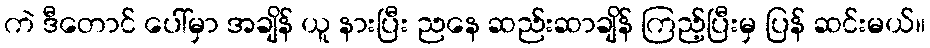
ကဲ ဒီတောင် ပေါ်မှာ အချိန် ယူ နားပြီး ညနေ ဆည်းဆာချိန် ကြည့်ပြီးမှ ပြန် ဆင်းမယ်။